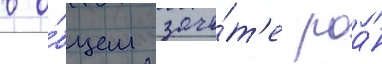
в о́бщем зачё́т'е роан